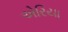
એરિયા